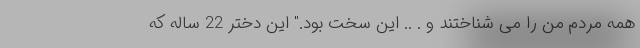
همه مردم من را می شناختند و . .. این سخت بود." این دختر 22 ساله که